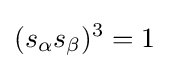
(s_{\alpha }s_{\beta })^{3}=1